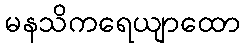
မနသိကရေယျာထော